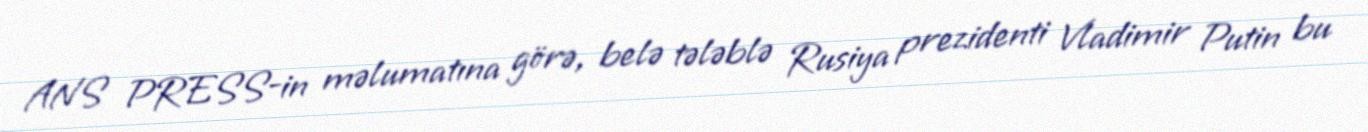
ANS PRESS-in məlumatına görə, belə tələblə Rusiya prezidenti Vladimir Putin bu